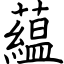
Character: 藴